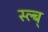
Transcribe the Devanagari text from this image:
स्ल्ब्